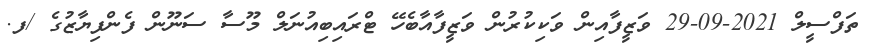
ތަފްސީލް 2021-09-29 ވަޒީފާއިން ވަކިކުރުން ވަޒީފާއާބެހޭ ޓްރައިބިއުނަލް މޫސާ ސަނޫން ފެންފިޔާޒުގެ /ފ.